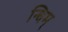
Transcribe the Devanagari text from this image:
न्धिम्